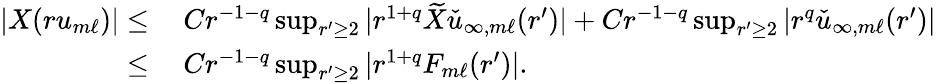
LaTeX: \begin{array}{rl}{|X(ru_{m\ell})|\leq}&{\: Cr^{-1-q}\operatorname*{sup}_{r^{\prime}\geq 2}|r^{1+q}\widetilde{X}\check{u}_{\infty,m\ell}(r^{\prime})|+Cr^{-1-q}\operatorname*{sup}_{r^{\prime}\geq 2}|r^{q}\check{u}_{\infty,m\ell}(r^{\prime})|}\\ {\leq}&{\: Cr^{-1-q}\operatorname*{sup}_{r^{\prime}\geq 2}|r^{1+q}F_{m\ell}(r^{\prime})|.}\end{array}